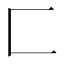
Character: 匚